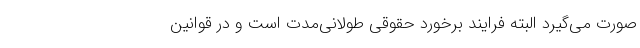
صورت می‌گیرد البته فرایند برخورد حقوقی طولانی‌مدت است و در قوانین